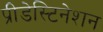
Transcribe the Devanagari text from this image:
प्रीडेस्टिनेशन